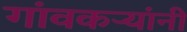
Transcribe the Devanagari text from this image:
गांवकऱ्यांनी